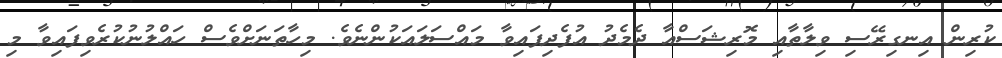
ކުރިން އިނގިރޭސި ވިލާތާއި މޮރިޝަސްއާ ދެމެދު އުފެދިފައިވާ މައްސަލައަކުންނެވެ. މިހާތަނަށްވެސް ހައްލުނުކުރެވިފައިވާ މި